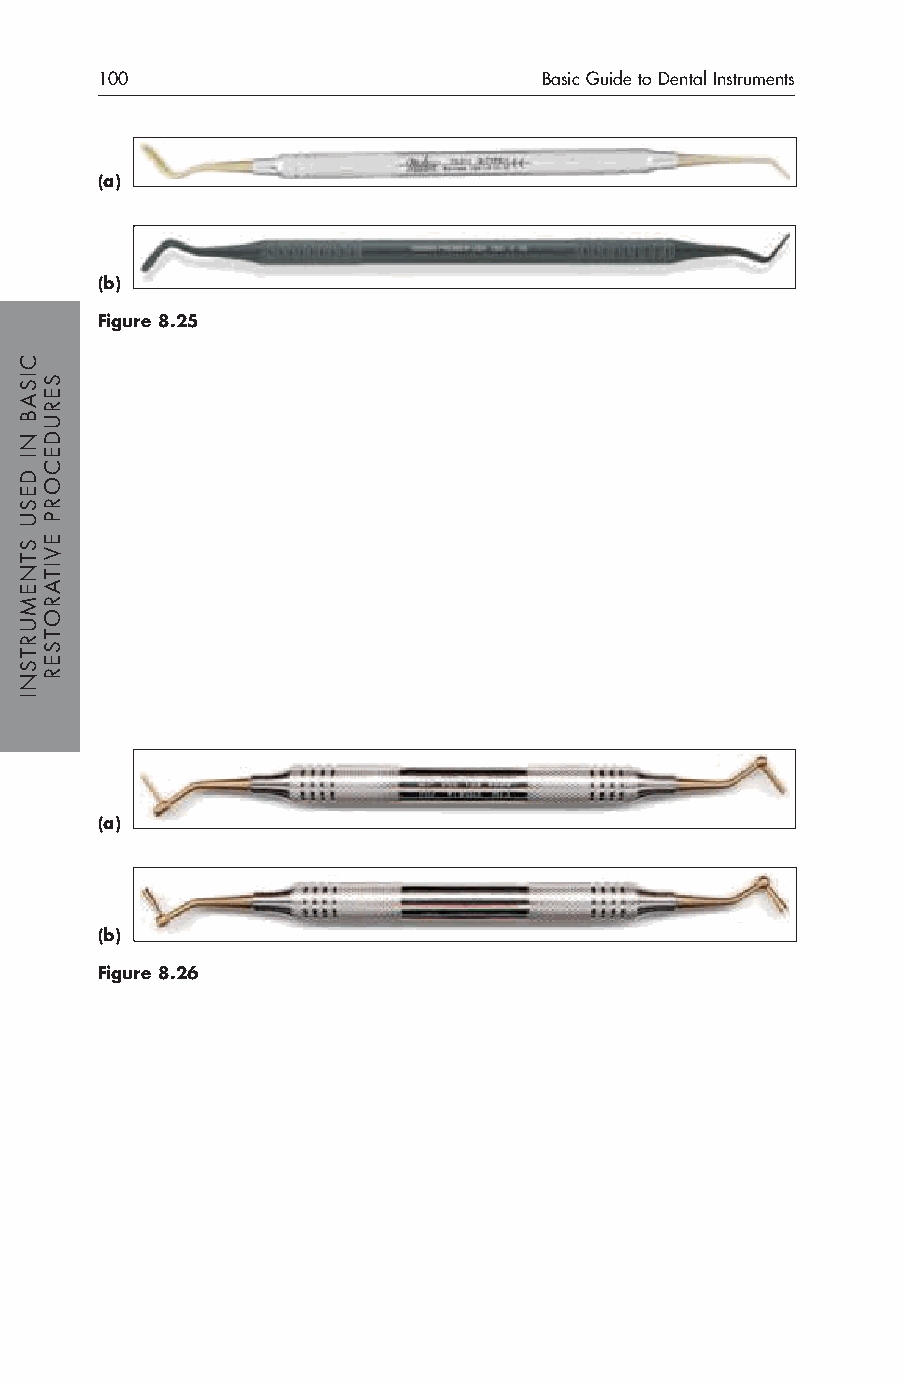
100                           Basic Guide to Dental Instruments
 (a)
 (b)
 Figure 8.25
 (a)
 (b)
 Figure 8.26
 CISAB
 NI
 DESU
 STNEMURTSNI
 SERUDECORP
 EVITAROTSER